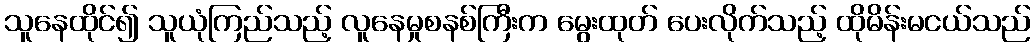
သူနေထိုင်၍ သူယုံကြည်သည့် လူနေမှုစနစ်ကြီးက မွေးထုတ် ပေးလိုက်သည့် ထိုမိန်းမငယ်သည်